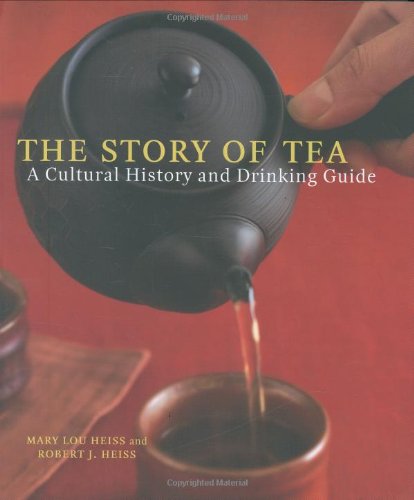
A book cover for The Story of Tea: A Cultural History and Drinking Guide; Mary Lou Heiss; Cookbooks, Food & Wine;